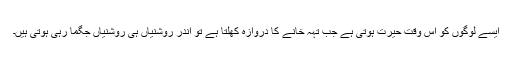
ایسے لوگوں کو اس وقت حیرت ہوتی ہے جب تہہ خانے کا دروازہ کھلتا ہے تو اندر روشنیاں ہی روشنیاں جگما رہی ہوتی ہیں۔